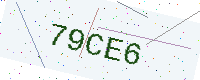
Text: 79CE6